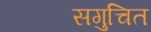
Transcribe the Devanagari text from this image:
सगुचित